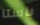
باستا